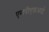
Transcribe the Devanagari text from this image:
एमपीएफ़आई